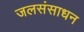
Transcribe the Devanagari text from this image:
जलसंसाधन